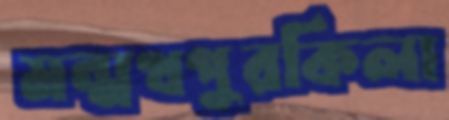
মন্মথপুরকিলা